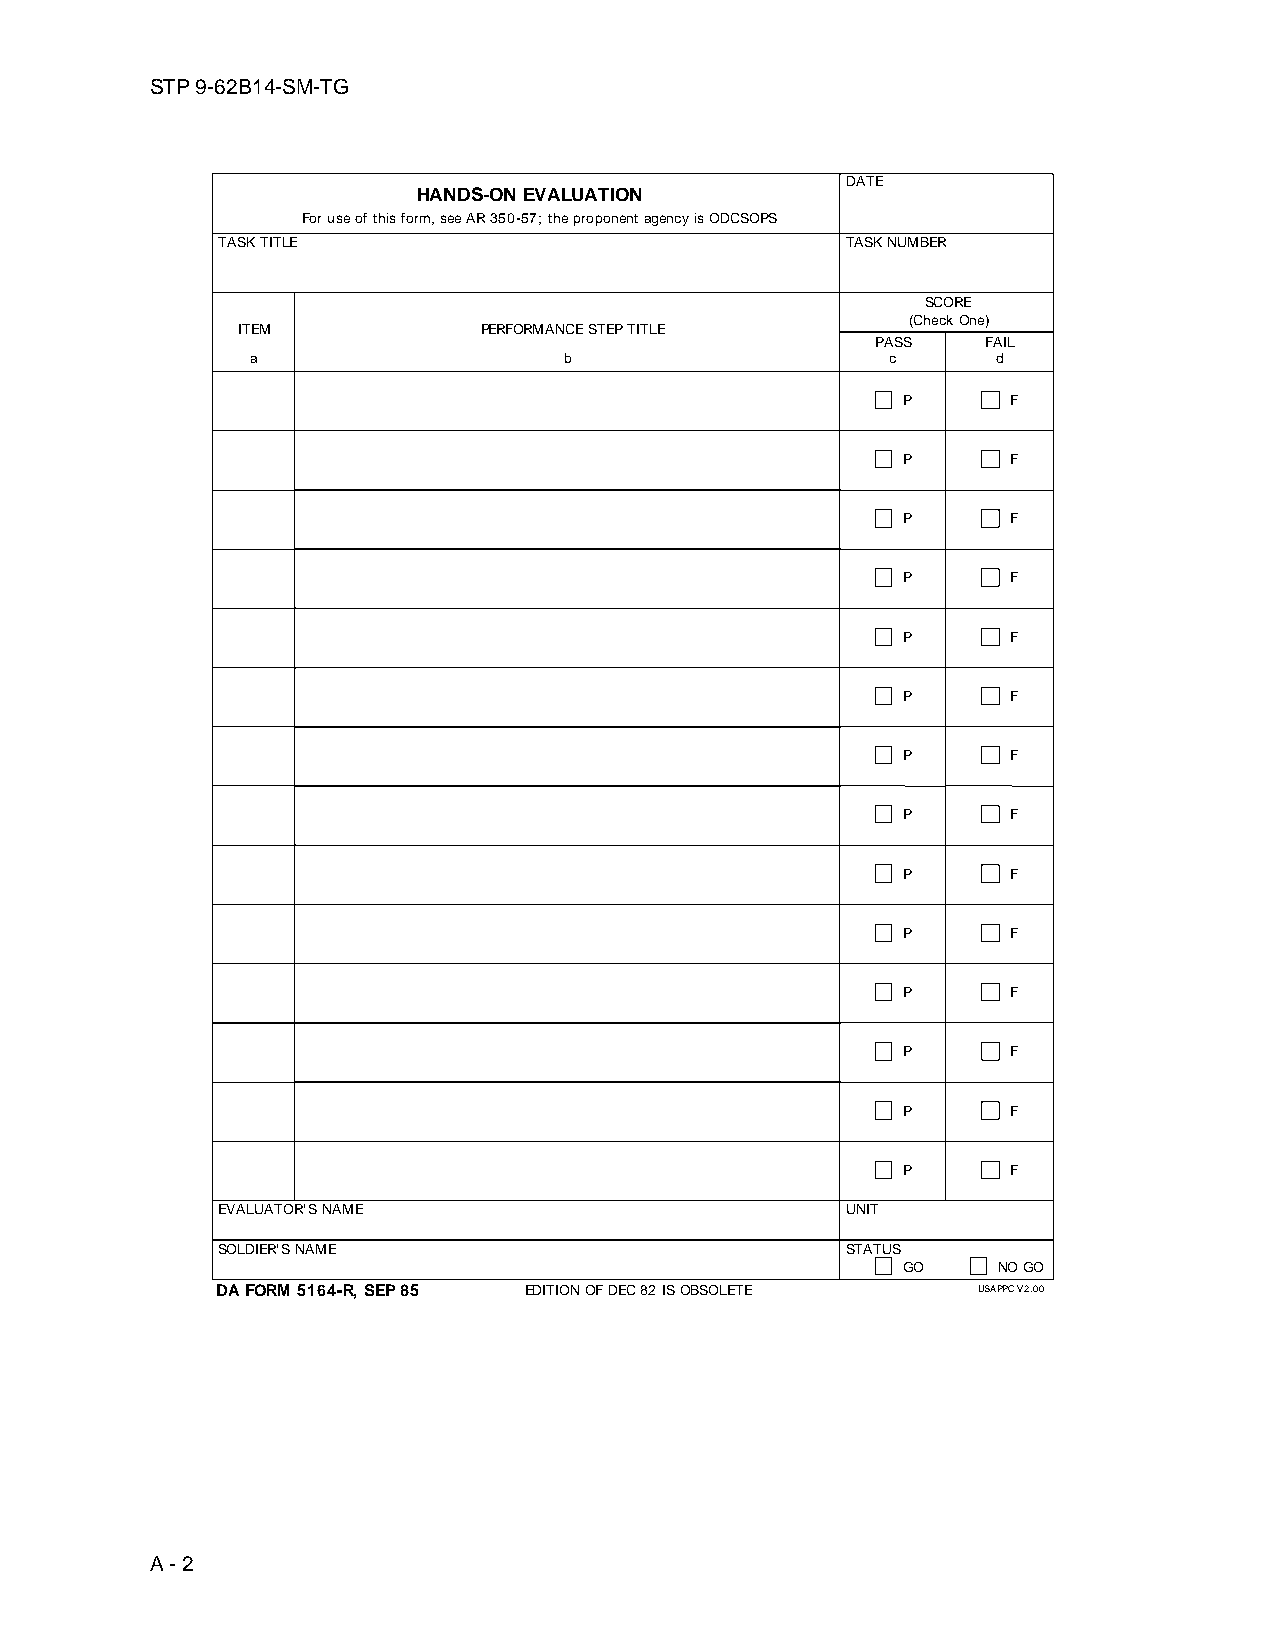
STP 9-62B14-SM-TG
 DATE
 HANDS-ON EVALUATION
 For use of this form, see AR 350-57; the proponent agency is ODCSOPS
 TASK TITLE                                TASK NUMBER
 SCORE
 (Check One)
 ITEM            PERFORMANCE STEP TITLE
 PAS S  FAI L
 a                   b                     c      d
 P      F
 P      F
 P      F
 P      F
 P      F
 P      F
 P      F
 P      F
 P      F
 P      F
 P      F
 P      F
 P      F
 P      F
 EVALUATOR'S NAME                          UNIT
 SOLDIER'S NAME                            STATUS
 GO    NO GO
 DA FORM 5164-R, SEP 85 EDITION OF DEC 82 IS OBSOLETE USAPPC V2.00
 A - 2